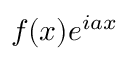
f ( x ) e ^ { i a x }